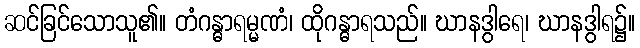
ဆင်ခြင်သောသူ၏။ တံဂန္ဓာရမ္မဏံ၊ ထိုဂန္ဓာရသည်။ ဃာနဒွါရေ၊ ဃာနဒွါရ၌။